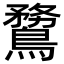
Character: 䳱